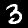
Digit: 3